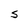
Character: S